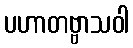
ပဟာတဗ္ဗာသဝါ